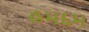
હમદમ